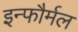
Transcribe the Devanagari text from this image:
इन्फौर्मल